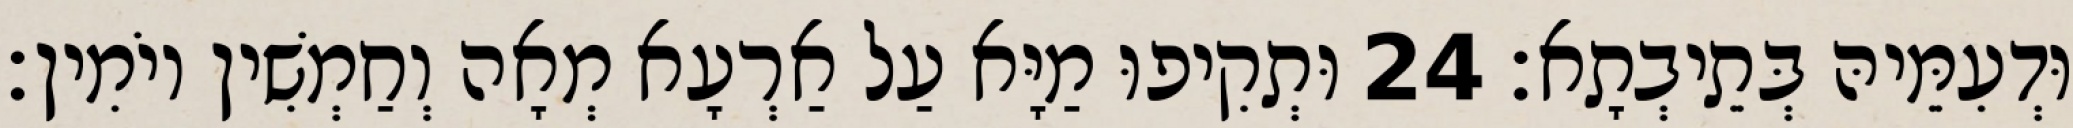
וּדְעִמֵּיהּ בְּתֵיבְתָא׃ 24 וּתְקִיפוּ מַיָּא עַל אַרְעָא מְאָה וְחַמְשִׁין יוֹמִין׃